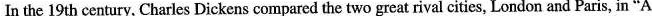
In the 19th century, Charles Dickens compared the two great rival cities, London and Paris, in "A